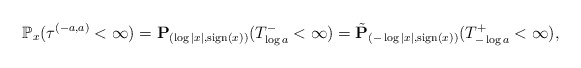
\begin{align*}\mathbb{P}_x(\tau^{(-a,a)}<\infty) = \mathbf{P}_{(\log|x|, {\rm sign}(x))}(T^-_{\log a}<\infty) = \tilde{\mathbf{P}}_{(-\log|x|, {\rm sign}(x))}(T^+_{-\log a}<\infty), \end{align*}